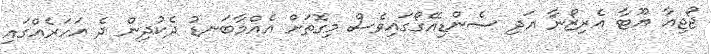
ޖޯޖިއާ ޔޫޓާ އެރިޒޯނާ އަދި ސެންޑިއޭގޯގައިވެސް މިގޮތަށް އެއްމާބަނޑު ދެކުދިން ދެ އަހަރެއްގައި